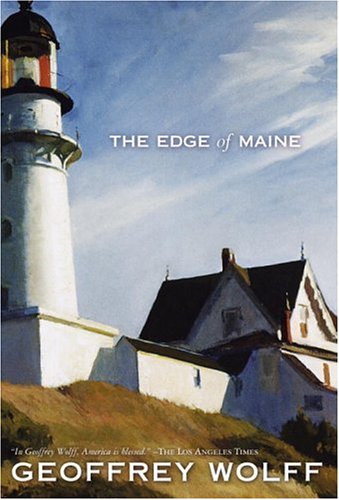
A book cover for Edge of Maine (Directions); Geoffrey Wolff; Travel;